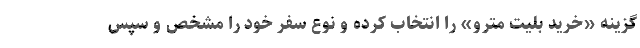
گزینه «خرید بلیت مترو» را انتخاب کرده و نوع سفر خود را مشخص و سپس